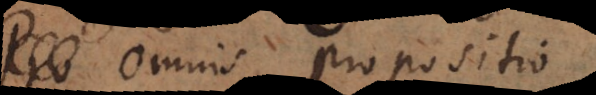
Pro omnis propositio